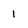
Character: I